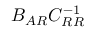
B _ { A R } C _ { R R } ^ { - 1 }